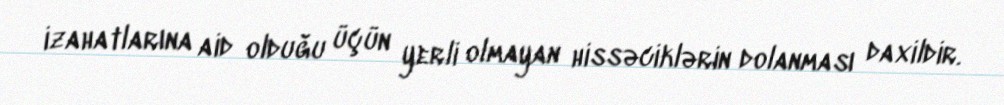
izahatlarına aid olduğu üçün yerli olmayan hissəciklərin dolanması daxildir.